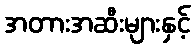
အတားအဆီးများနှင့်